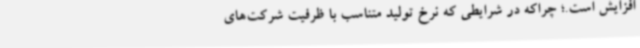
افزایش است.؛ چراکه در شرایطی که نرخ تولید متناسب با ظرفیت شرکت‌های